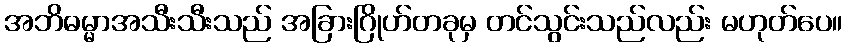
အဘိဓမ္မာအသီးသီးသည် အခြားဂြိုဟ်တခုမှ တင်သွင်းသည်လည်း မဟုတ်ပေ။